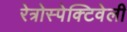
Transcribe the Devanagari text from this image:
रेत्रोस्पेक्टिवेली